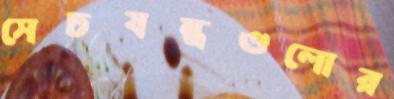
সেচযন্ত্রগুলোর